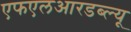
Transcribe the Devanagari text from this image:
एफएलआरडब्ल्यू